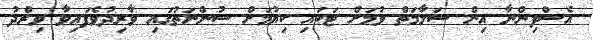
އެސްފިންނާ އިން ސަލާމަތް ވުމަށް ޓަކައި ކިޔުމަށް ސުންނަތުގައި ވާރިދުވެފައިވާ ވިރްދު